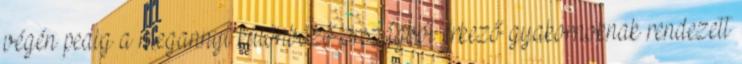
végén pedig a megannyi különböző országból érkező gyakornoknak rendezett